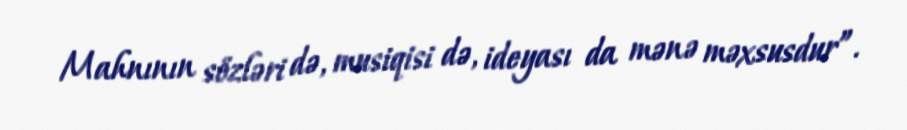
Mahnının sözləri də, musiqisi də, ideyası da mənə məxsusdur”.